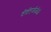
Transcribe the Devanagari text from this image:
टीटीएजीजीजी